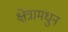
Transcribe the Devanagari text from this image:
क्षेत्रामधुन